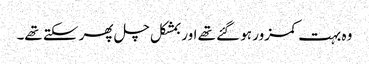
وہ بہت کمزور ہو گئے تھے اور بمشکل چل پھر سکتے تھے۔